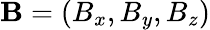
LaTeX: \mathbf{B}=(B_{x},B_{y},B_{z})